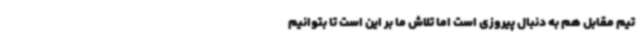
تیم مقابل هم به دنبال پیروزی است اما تلاش ما بر این است تا بتوانیم